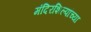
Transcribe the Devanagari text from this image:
मंदिरशिल्पांच्या